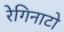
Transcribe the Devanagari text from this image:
रेगिनाटो